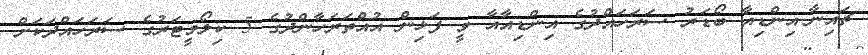
ޗައިނާ-އިންޑިއާ ބޯޑަރު ސަރަހައްދުގެ އިންޑިއާއާ ވީ ފަޅިން އުއްތަރަހާންދުގެ 5 ކިލޯމީޓަރުގެ ސަރަހައްދަކަށް